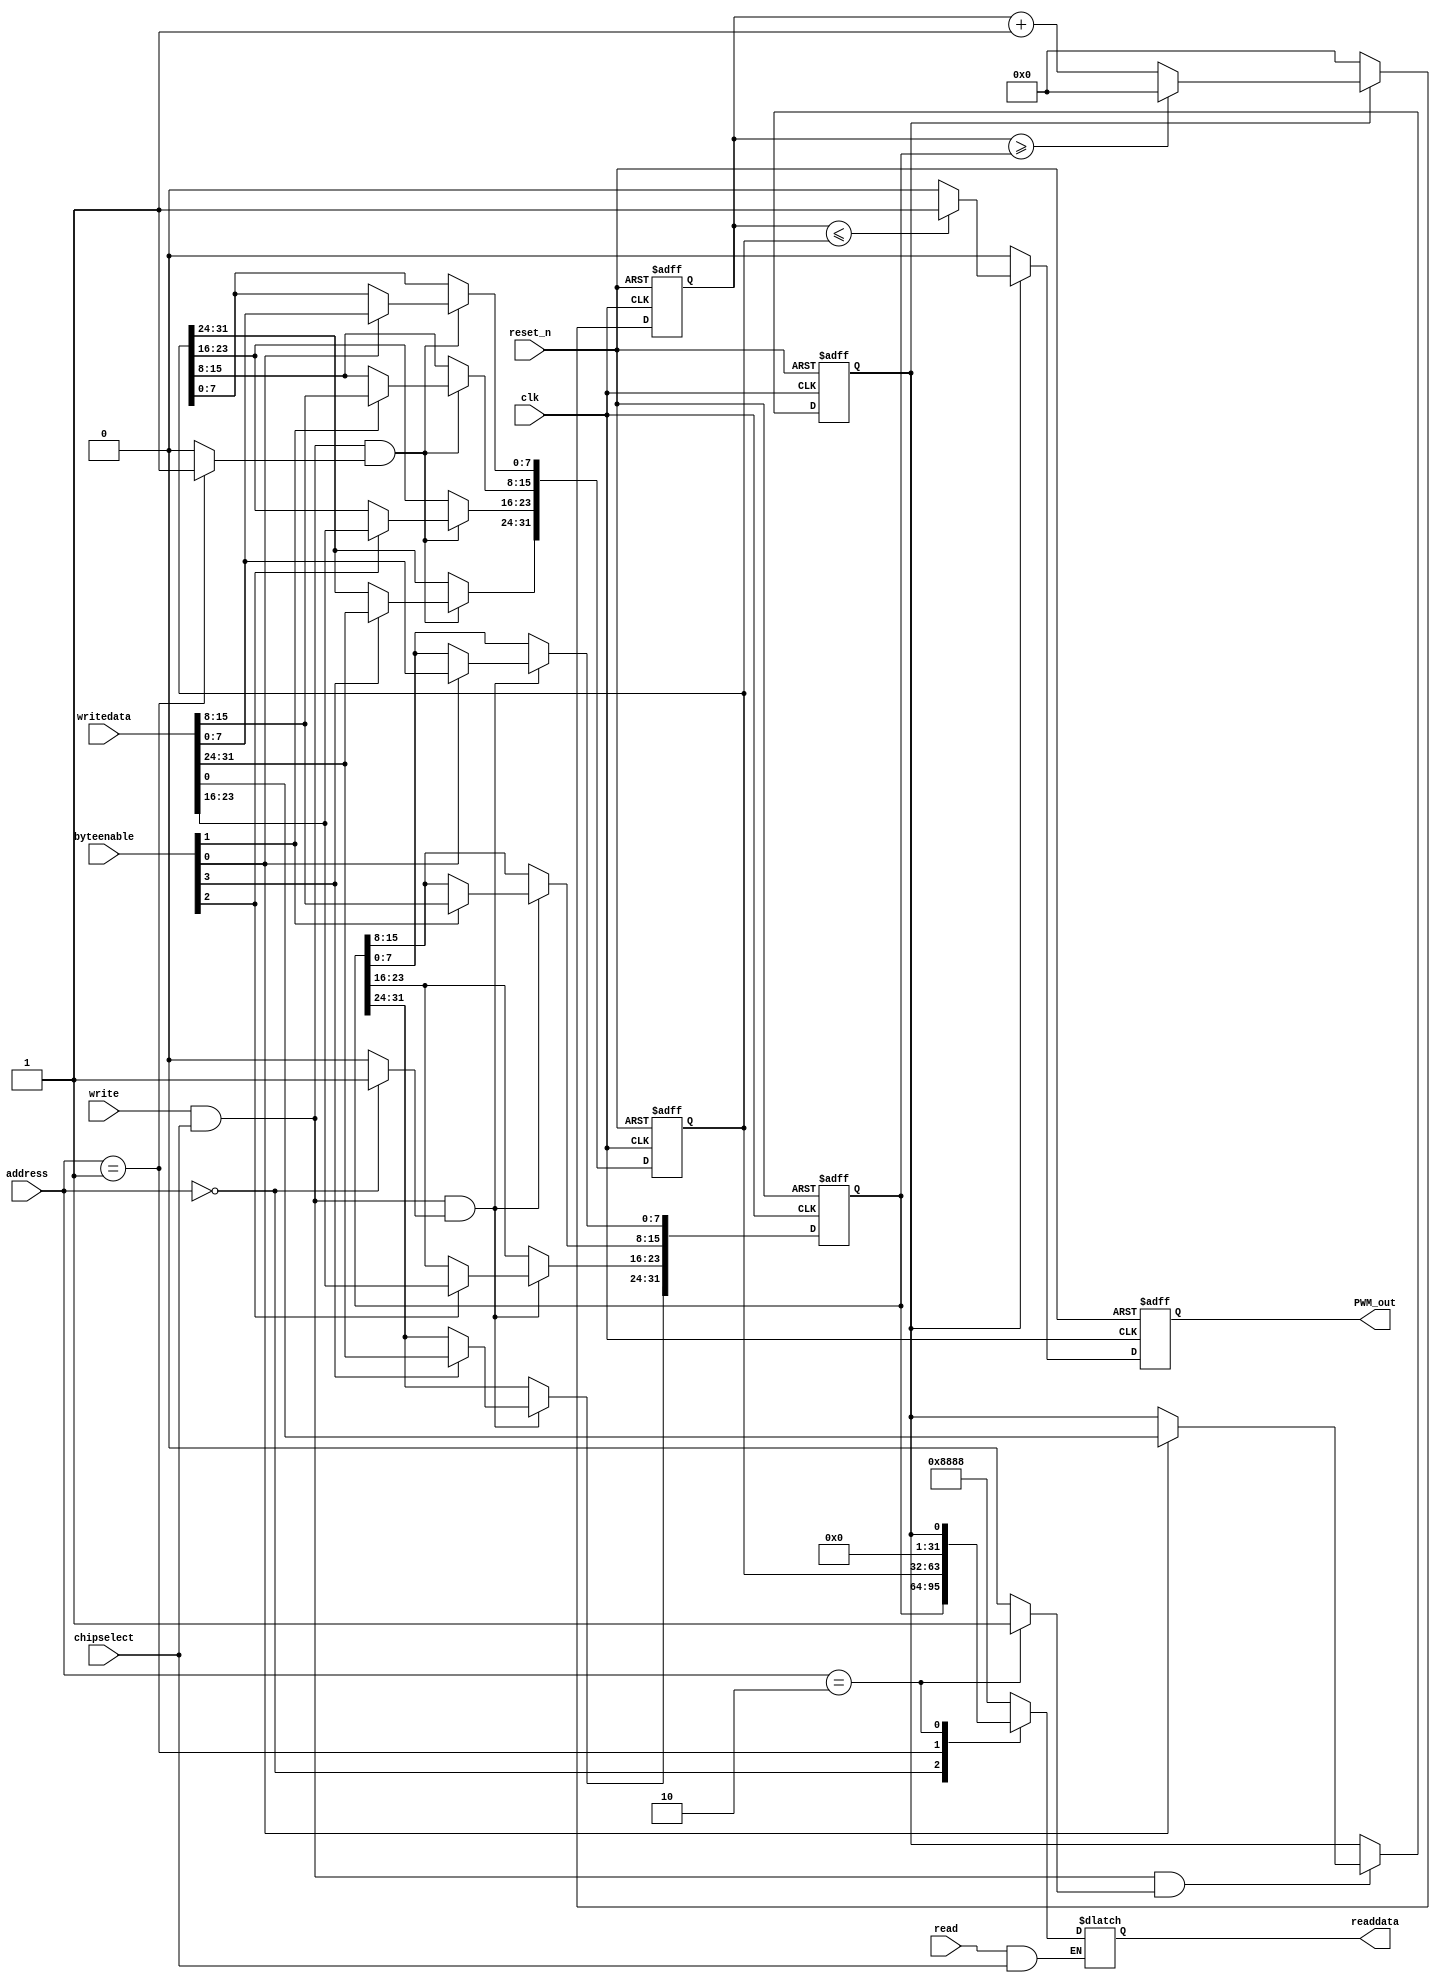
module PWM_m( 
	    clk, 
	    reset_n, 
	    chipselect, 
	    address, 
	    write, 
	    writedata, 
	    read, 
	    byteenable, 
	    readdata, 
	    PWM_out); 
	  
	input clk; 
	input reset_n; 
	input chipselect; 
	input [1:0]address; 
	input write; 
	input [31:0] writedata; 
	input read; 
 	input [3:0] byteenable; 
	output [31:0] readdata; 
	output PWM_out; 
	  
	reg [31:0] clock_divide_reg;  
	reg [31:0] duty_cycle_reg;  
	reg control_reg; 
	reg clock_divide_reg_selected; 
	reg duty_cycle_reg_selected; 
	reg control_reg_selected; 
	reg [31:0] PWM_counter; 
	reg [31:0] readdata; 
	reg PWM_out; 
	wire pwm_enable; 
	  
	//Address decoding
	always @ (address) 
	begin 
	    clock_divide_reg_selected<=0; 
	    duty_cycle_reg_selected<=0; 
	    control_reg_selected<=0; 
	    case(address) 
	        2'b00:clock_divide_reg_selected<=1; 
	        2'b01:duty_cycle_reg_selected<=1; 
	        2'b10:control_reg_selected<=1; 
	        default: 
	        begin 
	            clock_divide_reg_selected<=0; 
	            duty_cycle_reg_selected<=0; 
	            control_reg_selected<=0; 
	        end 
	    endcase 
	end            
	  
	//Write the clock number register of the PWM output period
	always @ (posedge clk or negedge reset_n) 
	begin 
	    if(reset_n==1'b0) 
	        clock_divide_reg=0; 
	    else
	    begin 
	        if(write & chipselect & clock_divide_reg_selected) 
	        begin 
	            if(byteenable[0]) 
	                clock_divide_reg[7:0]=writedata[7:0]; 
	            if(byteenable[1]) 
	                clock_divide_reg[15:8]=writedata[15:8]; 
	            if(byteenable[2]) 
	                clock_divide_reg[23:16]=writedata[23:16]; 
	            if(byteenable[3]) 
	                clock_divide_reg[31:24]=writedata[31:24]; 
	        end 
	    end 
	end 
	  
	//PWM 
	always @ (posedge clk or negedge reset_n) 
	begin 
	    if(reset_n==1'b0) 
	        duty_cycle_reg=0; 
	    else
	    begin 
	        if(write & chipselect & duty_cycle_reg_selected) 
	        begin 
	            if(byteenable[0]) 
	                duty_cycle_reg[7:0]=writedata[7:0]; 
	            if(byteenable[1]) 
	                duty_cycle_reg[15:8]=writedata[15:8]; 
	            if(byteenable[2]) 
	                duty_cycle_reg[23:16]=writedata[23:16]; 
	            if(byteenable[3]) 
	                duty_cycle_reg[31:24]=writedata[31:24]; 
	        end 
	    end 
	end 
	  
	//Write control register
	always @ (posedge clk or negedge reset_n) 
	begin 
	    if(reset_n==1'b0) 
	        control_reg=0; 
	    else
	    begin 
	        if(write & chipselect & control_reg_selected) 
	        begin 
	            if(byteenable[0]) 
	                control_reg=writedata[0]; 
	        end 
	    end 
	end 
	  
	 
	always @ (address or read or clock_divide_reg or duty_cycle_reg or control_reg or chipselect) 
	begin 
	    if(read & chipselect) 
	        case(address) 
	            2'b00:readdata<=clock_divide_reg; 
	            2'b01:readdata<=duty_cycle_reg; 
	            2'b10:readdata<=control_reg; 
	            default:readdata=32'h8888; 
	        endcase  
	end 
	  
	//control register
	assign pwm_enable=control_reg; 
	  
	//PWM function part
	always @ (posedge clk or negedge reset_n) 
	begin 
	    if(reset_n==1'b0) 
	        PWM_counter=0; 
	    else
	    begin 
	        if(pwm_enable) 
	        begin 
	            if(PWM_counter>=clock_divide_reg) 
	                PWM_counter<=0; 
	            else
	                PWM_counter<=PWM_counter+1; 
	        end 
	        else
	            PWM_counter<=0; 
	    end 
	end       
	  
	always @ (posedge clk or negedge reset_n) 
	begin 
	    if(reset_n==1'b0) 
	        PWM_out<=1'b0; 
	    else
	    begin 
	        if(pwm_enable) 
	        begin 
	            if(PWM_counter<=duty_cycle_reg) 
	                PWM_out<=1'b1; 
	            else
	                PWM_out<=1'b0; 
	        end 
	        else
	            PWM_out<=1'b0; 
	    end 
	end 
	  
	endmodule